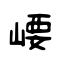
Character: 崾